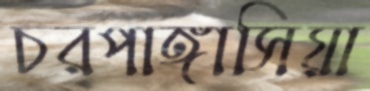
চরপাঙ্গাসিয়া